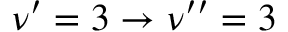
\nu ^ { \prime } = 3 \rightarrow \nu ^ { \prime \prime } = 3